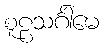
စူဠသင်္ဂါမေ